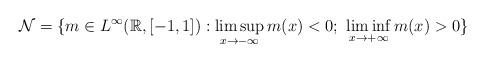
LaTeX: \begin{align*}\mathcal{N}=\{m\in L^{\infty}(\mathbb{R},[-1,1]): \limsup_{x\to -\infty}m(x)<0;\,\,\liminf_{x\to +\infty}m(x)>0\}\end{align*}